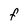
Character: F